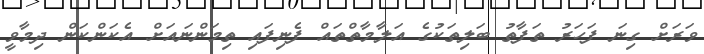
ވަރަށް ގިނަ ފަހަރު ތަފާތު ބަލިތަކުގެ އަލާމާތްތައް ފެނިފައި ތިމަންނައަށް އެކަންކަން ދިމާވީ